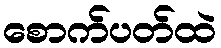
စောက်ပတ်ထဲ